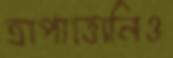
ত্রাপাত্তোনিও